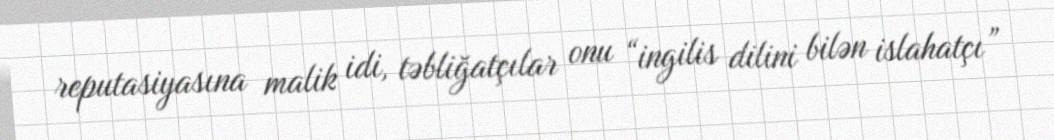
reputasiyasına malik idi, təbliğatçılar onu “ingilis dilini bilən islahatçı”